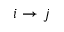
i \rightarrow j